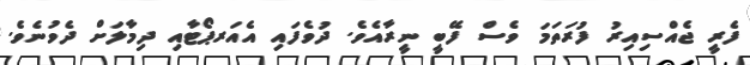
ފެރީ ޖެއްސިއިރު ފުރަތަމަ ވެސް ފޭބީ ނީރާއެވެ. ދުވެފައި އެއަރޕޯޓާއި ދިމާލަށް ދެވުނެވެ.